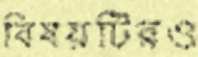
বিষয়টিরও